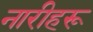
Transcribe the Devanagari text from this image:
नारीहरू